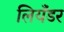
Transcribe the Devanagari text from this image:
लियँडर